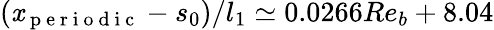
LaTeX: (\mathit{x}_{\mathrm{{~p~e~r~i~o~d~i~c~}}}-s_{0})/l_{1}\simeq0.0266Re_{b}+8.04